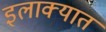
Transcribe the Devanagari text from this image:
इलाक्यात